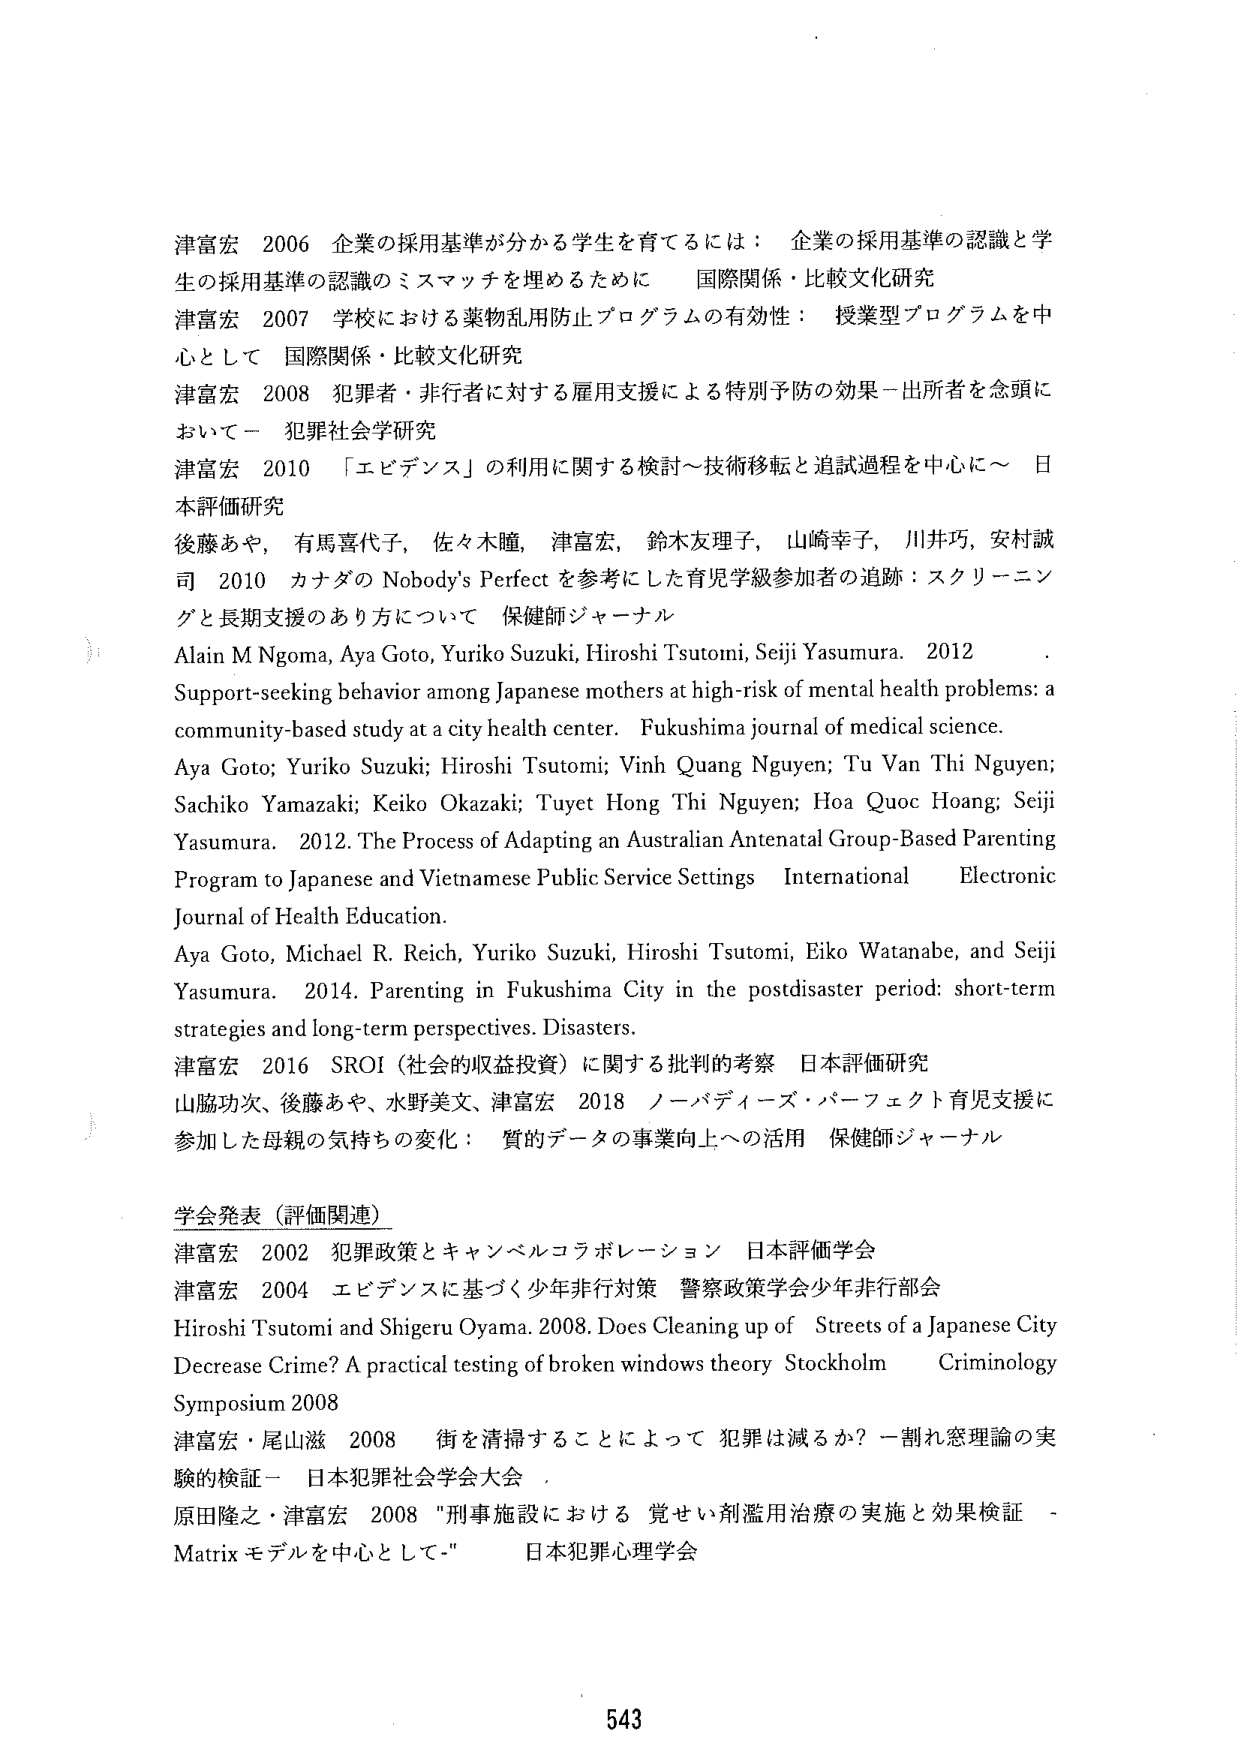
津富宏 2006 企業の採用基準が分かる学生を育てるには：企業の採用基準の認識と学生の採用基準の認識のミスマッチを埋めるために 国際関係・比較文化研究
津富宏 2007 学校における薬物乱用防止プログラムの有効性：授業型プログラムを中心として 国際関係・比較文化研究
津富宏 2008 犯罪者・非行者に対する雇用支援による特別予防の効果－出所者を念頭において－ 犯罪社会学研究
津富宏 2010 「エビデンス」の利用に関する検討～技術移転と追試過程を中心に～ 日本評価研究
後藤あや，有馬喜代子，佐々木瞳，津富宏，鈴木友理子，山崎幸子，川井巧，安村誠司 2010 カナダの Nobody's Perfect を参考にした育児学級参加者の追跡：スクリーニングと長期支援のあり方について 保健師ジャーナル
Alain M Ngoma, Aya Goto, Yuriko Suzuki, Hiroshi Tsutomi, Seiji Yasumura. 2012 Support-seeking behavior among Japanese mothers at high-risk of mental health problems: a community-based study at a city health center. Fukushima journal of medical science.
Aya Goto; Yuriko Suzuki; Hiroshi Tsutomi; Vinh Quang Nguyen; Tu Van Thi Nguyen; Sachiko Yamazaki; Keiko Okazaki; Tuyet Hong Thi Nguyen; Hoa Quoc Hoang; Seiji Yasumura. 2012. The Process of Adapting an Australian Antenatal Group-Based Parenting Program to Japanese and Vietnamese Public Service Settings International Electronic Journal of Health Education.
Aya Goto, Michael R. Reich, Yuriko Suzuki, Hiroshi Tsutomi, Eiko Watanabe, and Seiji Yasumura. 2014. Parenting in Fukushima City in the postdisaster period: short-term strategies and long-term perspectives. Disasters.
津富宏 2016 SROI（社会的収益投資）に関する批判的考察 日本評価研究
山脇功次、後藤あや、水野美文、津富宏 2018 ノーバディーズ・パーフェクト育児支援に参加した母親の気持ちの変化：質的データの事業向上への活用 保健師ジャーナル

学会発表（評価関連）
津富宏 2002 犯罪政策とキャンベルコラボレーション 日本評価学会
津富宏 2004 エビデンスに基づく少年非行対策 警察政策学会少年非行部会
Hiroshi Tsutomi and Shigeru Oyama. 2008. Does Cleaning up of Streets of a Japanese City Decrease Crime? A practical testing of broken windows theory Stockholm Criminology Symposium 2008
津富宏・尾山滋 2008 街を清掃することによって犯罪は減るか？－割れ窓理論の実験的検証－ 日本犯罪社会学会大会
原田隆之・津富宏 2008 "刑事施設における覚せい剤濫用治療の実施と効果検証－Matrixモデルを中心として－" 日本犯罪心理学会

543